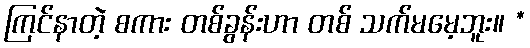
ကြင်နာတဲ့ စကား တစ်ခွန်းဟာ တစ် သက်မမေ့ဘူး။ *